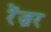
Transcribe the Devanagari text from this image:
रेंज़र